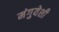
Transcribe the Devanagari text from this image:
मंगुयेशी